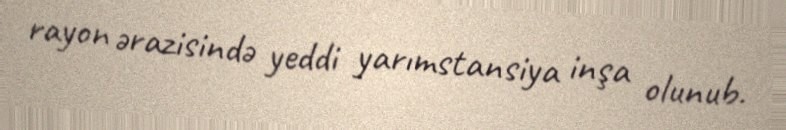
rayon ərazisində yeddi yarımstansiya inşa olunub.